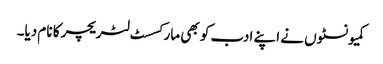
کمیونسٹوں نے اپنے ادب کو بھی مارکسسٹ لٹریچر کا نام دیا۔